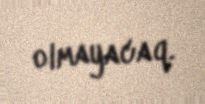
olmayacaq.